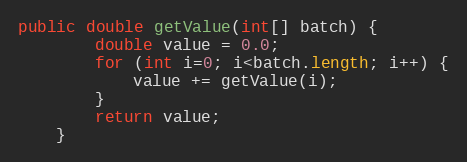
Language: Java
public double getValue(int[] batch) {
        double value = 0.0;
        for (int i=0; i<batch.length; i++) {
            value += getValue(i);
        }
        return value;
    }